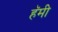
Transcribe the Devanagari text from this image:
हॅमी